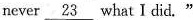
never \underline{23} what I did."